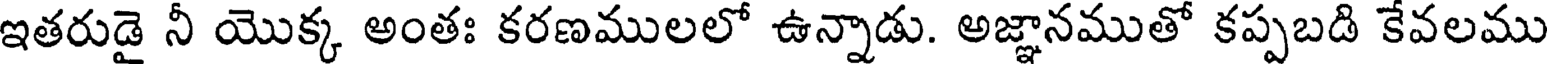
ఇతరుడై నీ యొక్క అంతః కరణములలో ఉన్నాడు. అజ్ఞానముతో కప్పబడి కేవలము